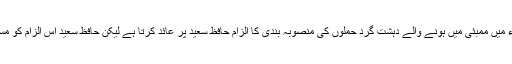
بھارت 2008ء میں ممبئی میں ہونے والے دہشت گرد حملوں کی منصوبہ بندی کا الزام حافظ سعید پر عائد کرتا ہے لیکن حافظ سعید اس الزام کو مسترد کرتے ہیں۔